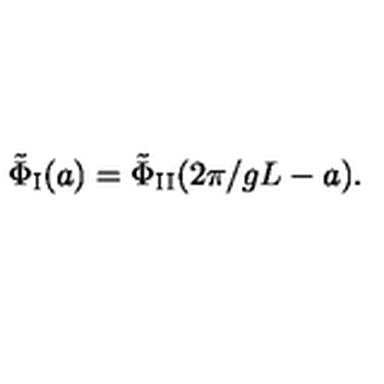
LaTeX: \tilde { \Phi } _ { \mathrm { I } } ( a ) = \tilde { \Phi } _ { \mathrm { I I } } ( 2 \pi / g L - a ) .